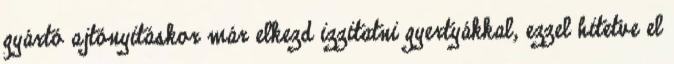
gyártó ajtónyitáskor már elkezd izzitatni gyertyákkal, ezzel hitetve el